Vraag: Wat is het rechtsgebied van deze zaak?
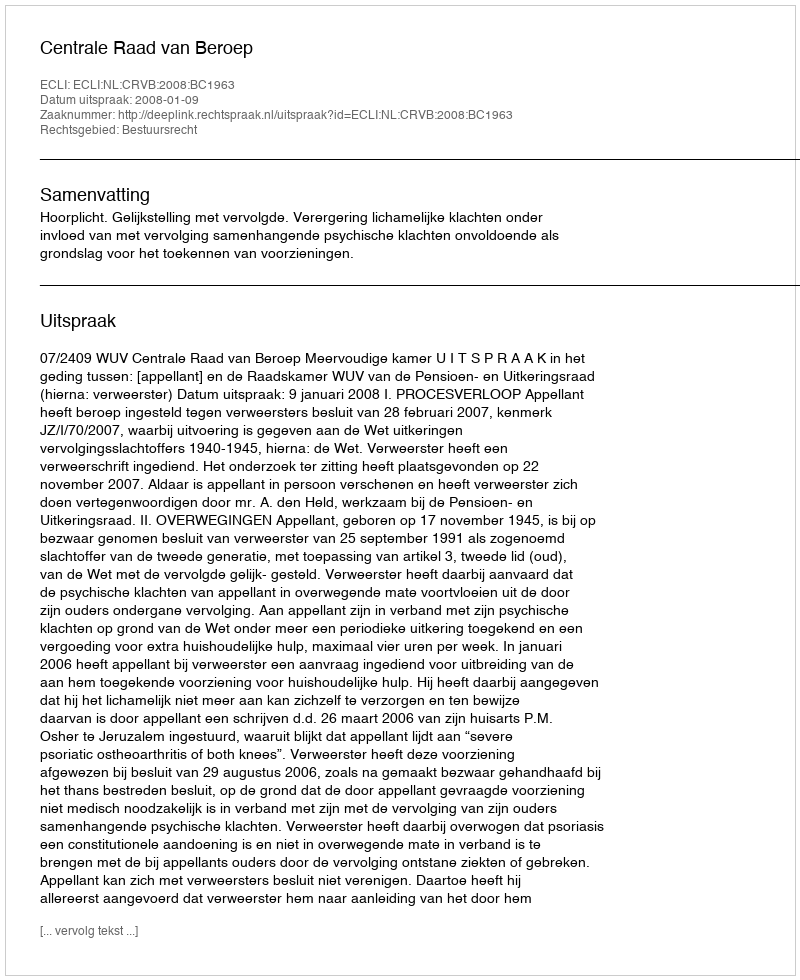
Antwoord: Bestuursrecht